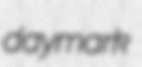
daymark